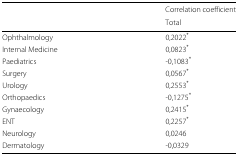
|  | Correlation coefficient |
 |  | Total |
 | --- | --- |
 | Ophthalmology | 0,2022* |
 | Internal Medicine | 0,0823* |
 | Paediatrics | -0,1083* |
 | Surgery | 0,0567* |
 | Urology | 0,2553* |
 | Orthopaedics | -0,1275* |
 | Gynaecology | 0,2415* |
 | ENT | 0,2257* |
 | Neurology | 0,0246 |
 | Dermatology | -0,0329 |